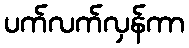
ပက်လက်လှန်ကာ